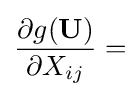
{\frac {\partial g(\mathbf {U} )}{\partial X_{ij}}}=